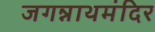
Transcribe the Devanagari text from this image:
जगन्नाथमंदिर